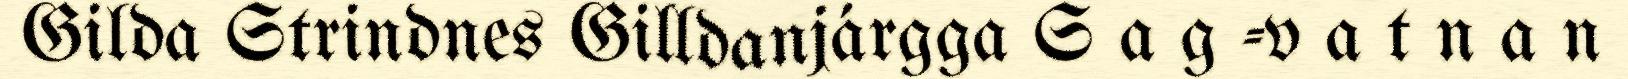
Gilda Strindnes Gilldanjárgga S a g -v a t n a n